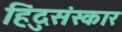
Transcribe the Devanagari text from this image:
हिंदुसंस्कार